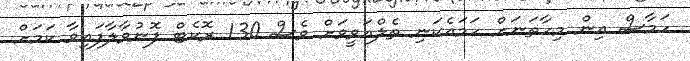
ހަމާސް އިން މިހާތަނަށް ހަމައެކަނި ތެލްއަވީވަށް ވެސް 130 ރޮކެޓް ފޮނުވާލާފައިވާ ކަމަށް